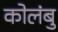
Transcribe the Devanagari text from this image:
कोलंबु